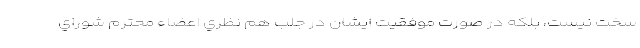
سخت نيست، بلكه در صورت موفقيت ايشان در جلب هم نظري اعضاء محترم شوراي